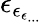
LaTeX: \epsilon_{\epsilon_{\epsilon_{...}}}